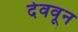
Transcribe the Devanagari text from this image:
देववून